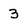
Character: 3